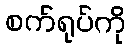
စက်ရုပ်ကို